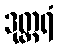
ဒုတ္တရံ